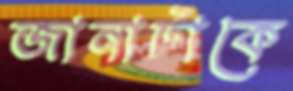
জানাটাকে